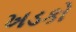
ખડકો